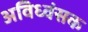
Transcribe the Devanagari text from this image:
अविध्वंसक